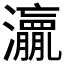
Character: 𱪋